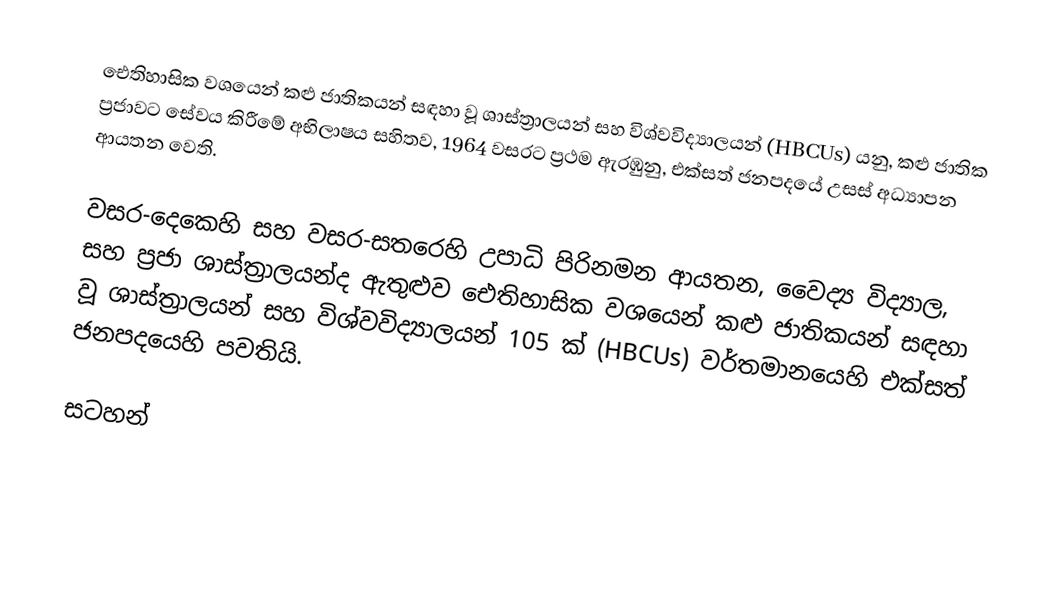
ඓතිහාසික වශයෙන් කළු ජාතිකයන් සඳහා වූ ශාස්ත්‍රාලයන් සහ විශ්වවිද්‍යාලයන් (HBCUs) යනු, කළු ජාතික ප්‍රජාවට සේවය කිරීමේ අභිලාෂය සහිතව, 1964 වසරට ප්‍රථම ඇරඹුනු,  එක්සත් ජනපදයේ උසස් අධ්‍යාපන ආයතන වෙති.

වසර-දෙකෙහි සහ වසර-සතරෙහි උපාධි පිරිනමන ආයතන, වෛද්‍ය විද්‍යාල, සහ ප්‍රජා ශාස්ත්‍රාලයන්ද ඇතුළුව ඓතිහාසික වශයෙන් කළු ජාතිකයන් සඳහා වූ ශාස්ත්‍රාලයන් සහ විශ්වවිද්‍යාලයන් 105 ක් (HBCUs) වර්තමානයෙහි එක්සත් ජනපදයෙහි පවතියි.

සටහන්